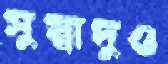
সুস্বাদুও